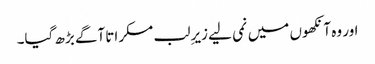
اور وہ آنکھوں میں نمی لیے زیرِ لب مسکراتا آگے بڑھ گیا۔